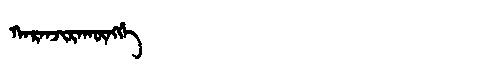
Manchu: ᡴᠠᡵᠠᠨᠵᡳᡵᠠᡴᡡᠩᡤᡝ
Romanization: KARANJIRAKŪNGGE